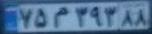
۷۵م۳۹۳۸۸